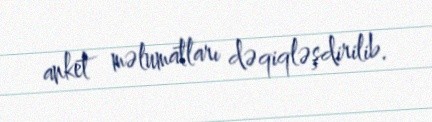
anket məlumatları dəqiqləşdirilib.